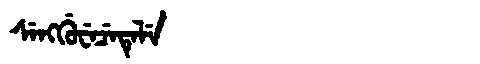
Manchu: ᠰᡝᠩᡤᡠᠸᡝᠴᡝᡨᡝᠯᡝ
Romanization: SENGGUWECETELE